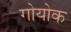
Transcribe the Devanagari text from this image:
गोयोक